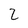
Character: 2